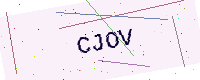
Text: CJOV